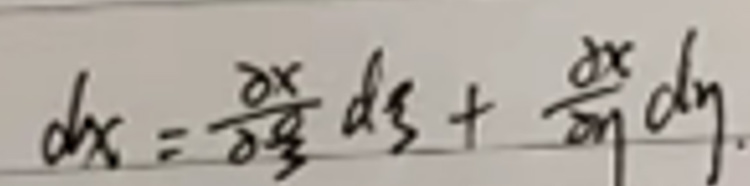
\[
dx=\frac{\partial x}{\partial \xi}d\xi+\frac{\partial x}{\partial \eta}d\eta
\]